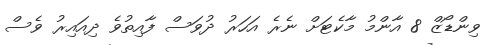
ވިންޑޯޒް 8 އާންމު މާކެޓަށް ނެރެ އަހަރު ދުވަސް ފާއިތުވެ ދިއައިރު ވެސް